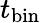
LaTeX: t_{\mathrm{{bin}}}